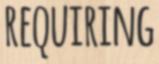
REQUIRING